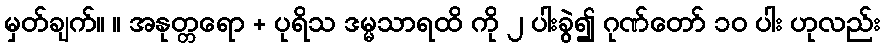
မှတ်ချက်။ ။ အနုတ္တရော + ပုရိသ ဒမ္မသာရထိ ကို ၂ ပါးခွဲ၍ ဂုဏ်တော် ၁၀ ပါး ဟုလည်း